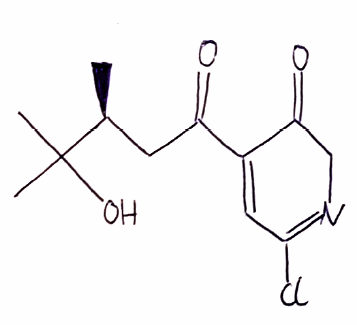
Simplified molecular-input line-entry system (SMILES) notation of the given molecule:
C[C@@H](CC(=O)C1=CC(=NCC1=O)Cl)C(C)(C)O